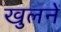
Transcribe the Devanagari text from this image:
खुलनें